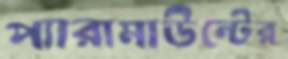
প্যারামাউন্টের